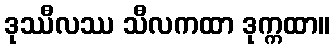
ဒုဿီလဿ သီလကထာ ဒုက္ကထာ။